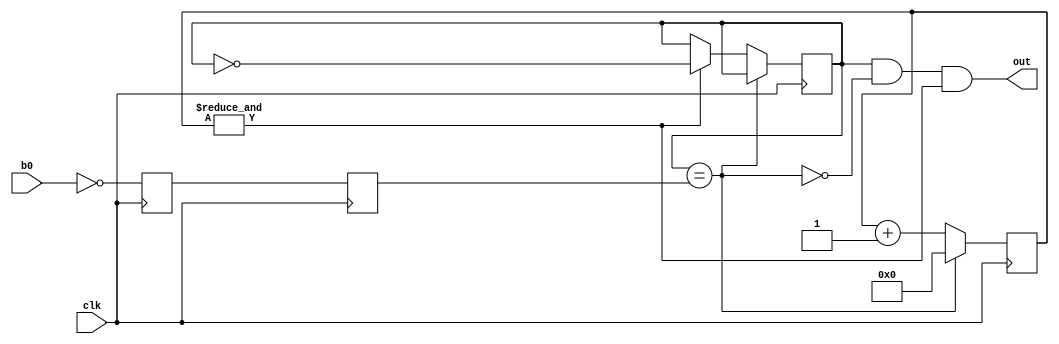
`timescale 1ns / 1ps
//////////////////////////////////////////////////////////////////////////////////
// Company: 
// Engineer: 
// 
// Design Name: 
// Module Name:    debouncer 
// Project Name: 
// Target Devices: 
// Tool versions: 
// Description: 
//
// Dependencies: 
//
// Revision: 
// Revision 0.01 - File Created
// Additional Comments: 
//
//////////////////////////////////////////////////////////////////////////////////
module debouncer(clk, b0,out);
input clk, b0;
output out;

reg b0low,b0high,b0state;
//17 originally
reg [20:0] count; //Counter variable increase bit length to increase delay

//determines moment b0 goes high
always @(posedge clk) begin
	b0low<=~b0;
	b0high<=b0low;
end

wire b0idle = (b0state==b0high); //when nothing is pressed b0idle is high
wire max = &count; //when count reaches 111111... max is high

//each clk cycle it checks the state of b0idle and counts if it's low
always @(posedge clk) begin
	if(b0idle)
		 count <= 0;
	else begin
		 count <= count + 1;
		 if(max)
			b0state <= ~b0state; //updates state when maxed out
	end
end

wire out   =  b0state & ~b0idle & max;  // true the moment max goes high

endmodule